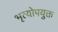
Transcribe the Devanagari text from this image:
भृत्योपयुक्त